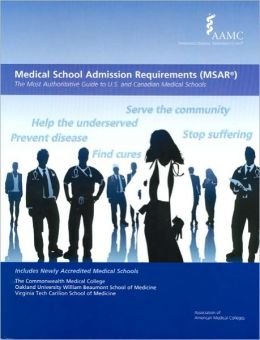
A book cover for Medical School Admission Requirements (MSAR) 2011-2012: The Most Authoritative Guide to U.S. and Canadian Medical Schools (Medical School Admission Requirements, United States and Canada); Association of American Medical Colleges; Education & Teaching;